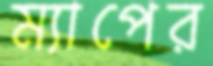
ম্যাপের